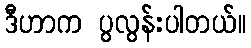
ဒီဟာက ပွလွန်းပါတယ်။